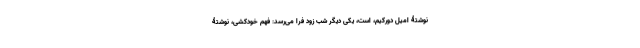
نوشتۀ امیل دورکیم، است، یکی دیگر شب زود فرا می‌رسد: فهم خودکشی، نوشتۀ